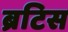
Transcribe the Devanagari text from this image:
ब्रटिस